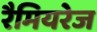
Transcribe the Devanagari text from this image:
रैमियरेज